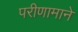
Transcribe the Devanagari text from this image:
परीणामाने